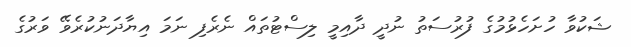
ޝަކުވާ ހުށަހެޅުމުގެ ފުރުސަތު ނުދީ ދާއިމީ ލިސްޓުތައް ނެރެފި ނަމަ އިޔާދަނުކުރެވޭ ވަރުގެ